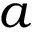
a